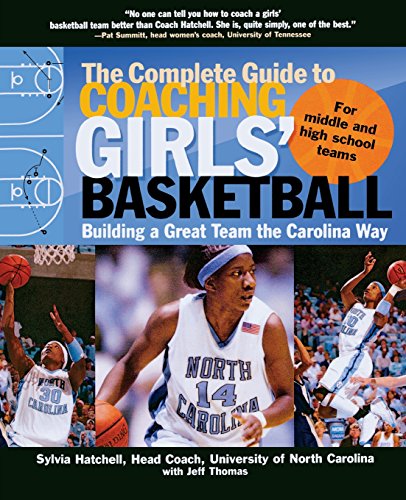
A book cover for The Complete Guide to Coaching Girls' Basketball: Building a Great Team the Carolina Way; Sylvia Hatchell; Sports & Outdoors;